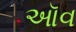
ઑવ